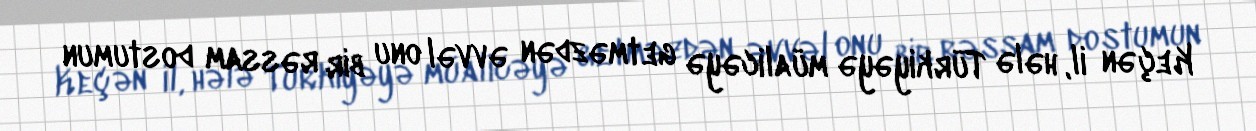
Keçən il, hələ Türkiyəyə müalicəyə getməzdən əvvəl onu bir rəssam dostumun